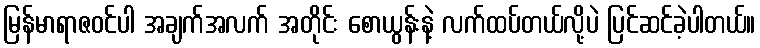
မြန်မာရာဇဝင်ပါ အချက်အလက် အတိုင်း စောယွန်းနဲ့ လက်ထပ်တယ်လို့ပဲ ပြင်ဆင်ခဲ့ပါတယ်။